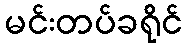
မင်းတပ်ခရိုင်